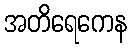
အတိရေကေန